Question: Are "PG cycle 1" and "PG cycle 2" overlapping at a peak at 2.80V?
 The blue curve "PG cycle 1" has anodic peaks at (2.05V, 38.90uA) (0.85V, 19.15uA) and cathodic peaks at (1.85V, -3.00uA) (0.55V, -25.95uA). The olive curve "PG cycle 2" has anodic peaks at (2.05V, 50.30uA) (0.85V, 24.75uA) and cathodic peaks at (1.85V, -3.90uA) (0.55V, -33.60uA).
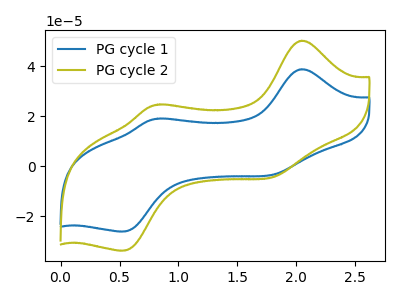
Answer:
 <answer>No, "PG cycle 1" and "PG cycle 2" dont share a peak at 2.80V.</answer>
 <eval>mismatch</eval>